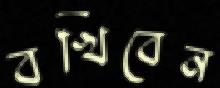
বখিবেন